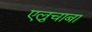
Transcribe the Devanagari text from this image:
एल्रुचाबा